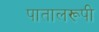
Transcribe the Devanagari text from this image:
पातालरूपी